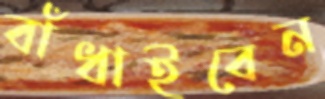
বাঁধাইবেন